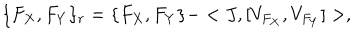
LaTeX: \{ F _ { X } , F _ { Y } \} _ { r } = \{ F _ { X } , F _ { Y } \} - < J , [ V _ { F _ { X } } , V _ { F _ { Y } } ] > ,